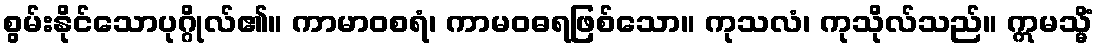
စွမ်းနိုင်သောပုဂ္ဂိုလ်၏။ ကာမာဝစရံ၊ ကာမဝဓရဖြစ်သော။ ကုသလံ၊ ကုသိုလ်သည်။ ဣမသ္မိံ